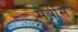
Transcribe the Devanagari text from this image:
मैत्रीस